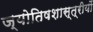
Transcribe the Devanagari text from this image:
ज्योतिषशास्त्रीयों